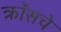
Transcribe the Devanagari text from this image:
क्रॉसचे